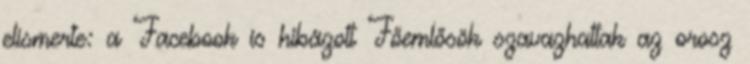
elismerte: a Facebook is hibázott Főemlősök szavazhattak az orosz